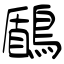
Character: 鶞